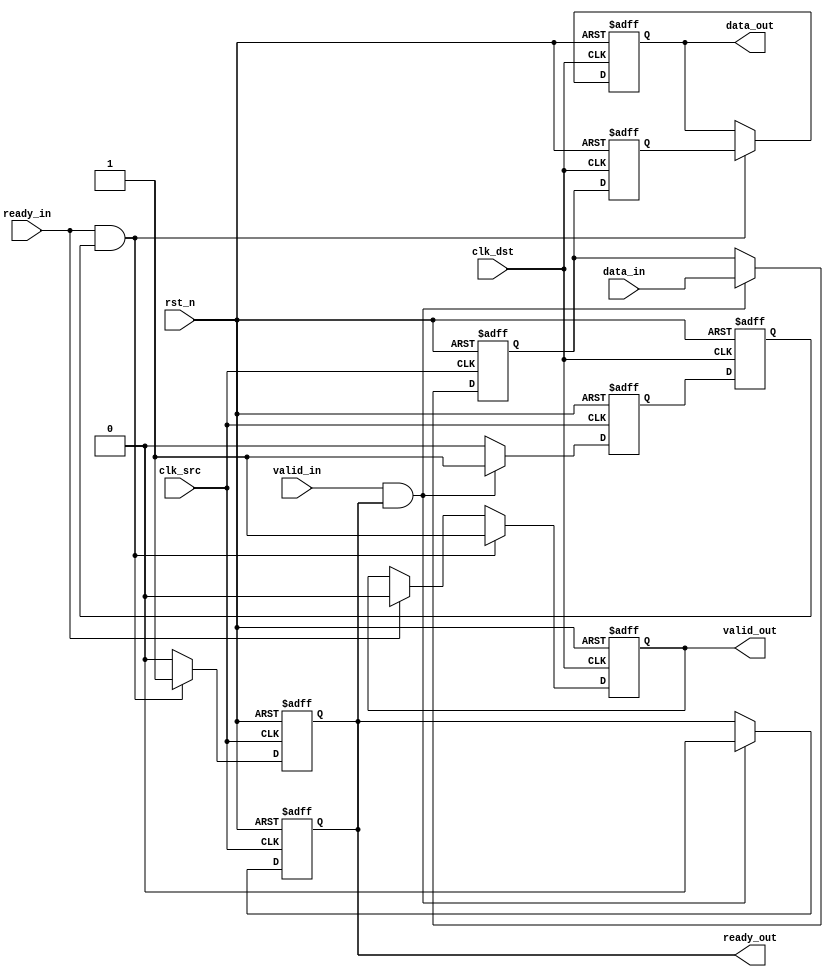
module MemoryBlocksPipelineSynchronizer #(
    parameter DATA_WIDTH = 8,       // Width of the data
    parameter NUM_STAGES = 2        // Number of pipeline stages
)(
    input wire clk_src,              // Source clock
    input wire clk_dst,              // Destination clock
    input wire rst_n,                // Asynchronous active-low reset
    input wire [DATA_WIDTH-1:0] data_in, // Data input from source clock domain
    input wire valid_in,             // Valid signal from source clock domain
    output reg [DATA_WIDTH-1:0] data_out, // Synchronized data output to destination clock domain
    output reg valid_out,            // Valid signal for the destination clock domain
    input wire ready_in,             // Ready signal from destination clock domain
    output reg ready_out             // Ready signal for the source clock domain
);

    // Internal signals for synchronization
    reg [DATA_WIDTH-1:0] sync_data [0:NUM_STAGES-1];
    reg valid_sync [0:NUM_STAGES-1];
    reg ready_sync;

    // Pipeline Synchronization Logic
    // Stage 1: Capture data and valid signal in source clock domain
    always @(posedge clk_src or negedge rst_n) begin
        if (!rst_n) begin
            sync_data[0] <= 0;
            valid_sync[0] <= 0;
            ready_out <= 1; // Initially ready
        end else begin
            if (valid_in && ready_out) begin
                sync_data[0] <= data_in;
                valid_sync[0] <= 1;
                ready_out <= 0; // Not ready until data is consumed
            end else begin
                valid_sync[0] <= 0; // Invalid if not ready
            end
        end
    end

    // Stage 2: Synchronize to destination clock domain
    always @(posedge clk_dst or negedge rst_n) begin
        if (!rst_n) begin
            sync_data[1] <= 0;
            valid_sync[1] <= 0;
            data_out <= 0;
            valid_out <= 0;
            ready_sync <= 1; // Initially ready
        end else begin
            // Pass through the first stage
            sync_data[1] <= sync_data[0];
            valid_sync[1] <= valid_sync[0];

            // Output data and valid signal
            if (ready_in && valid_sync[1]) begin
                data_out <= sync_data[1];
                valid_out <= 1;
                ready_sync <= 0; // Not ready until data is consumed
            end else if (ready_in) begin
                valid_out <= 0; // No valid data
            end
        end
    end

    // Ready signal management
    always @(posedge clk_src or negedge rst_n) begin
        if (!rst_n) begin
            ready_out <= 1; // Initially ready
        end else begin
            if (valid_sync[1] && ready_in) begin
                ready_out <= 1; // Ready to accept new data
            end else begin
                ready_out <= 0; // Not ready until data is consumed
            end
        end
    end

endmodule